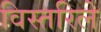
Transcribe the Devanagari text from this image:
विस्तरिले